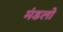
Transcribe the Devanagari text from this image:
मंडलो